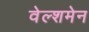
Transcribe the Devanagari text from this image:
वेल्शमेन